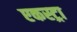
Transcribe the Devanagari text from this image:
एकस्ट्रा